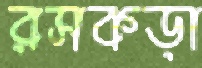
রসকড়া